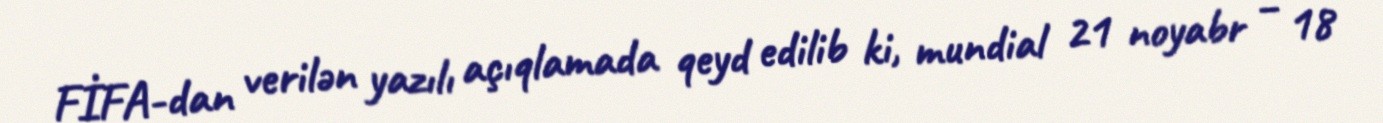
FİFA-dan verilən yazılı açıqlamada qeyd edilib ki, mundial 21 noyabr – 18